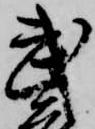
武